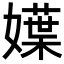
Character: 𡢬